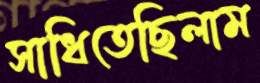
সাধিতেছিলাম